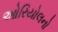
ઓરિયોલનો